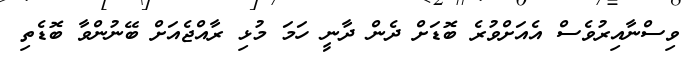
ވިސްނާއިރުވެސް އެއަށްވުރެ ބޮޑަށް ދެން ދާނީ ހަމަ މުޅި ރާއްޖެއަށް ބޭނުންވާ ބޮޑެތި